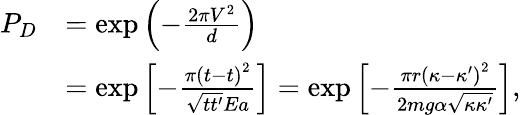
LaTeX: \begin{array}{rl}{P_{D}}&{=\exp\left(-\frac{2\pi V^{2}}{d}\right)}\\ &{=\exp\left[-\frac{\pi\left(t-t\right)^{2}}{\sqrt{tt^{\prime}}Ea}\right]=\exp\left[-\frac{\pi r\left(\kappa-\kappa^{\prime}\right)^{2}}{2mg\alpha\sqrt{\kappa\kappa^{\prime}}}\right],}\end{array}